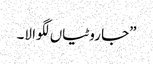
”جا روٹیاں لگوا لا۔